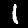
Digit: 1